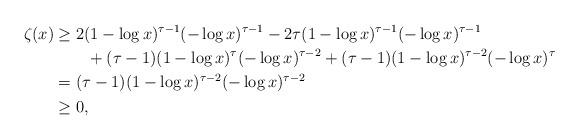
LaTeX: \begin{align*} \zeta(x) &\geq 2(1-\log x)^{\tau-1}(-\log x)^{\tau-1} - 2\tau(1-\log x)^{\tau-1}(-\log x)^{\tau-1}\\ &\qquad\mbox{} + (\tau-1)(1-\log x)^{\tau}(-\log x)^{\tau-2} + (\tau-1)(1-\log x)^{\tau-2}(-\log x)^{\tau}\\ &=(\tau-1)(1-\log x)^{\tau-2}(-\log x)^{\tau-2}\\ &\geq0, \end{align*}